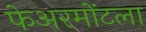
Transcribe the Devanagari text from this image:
फेअरमोंटला